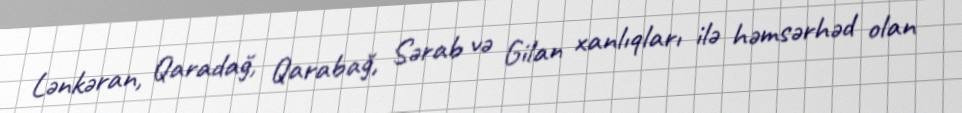
Lənkəran, Qaradağ, Qarabağ, Sərab və Gilan xanlıqları ilə həmsərhəd olan